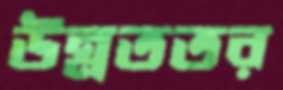
উন্নততর